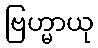
ဗြဟ္မာယု